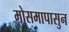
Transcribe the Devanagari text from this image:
मोसमापासुन